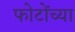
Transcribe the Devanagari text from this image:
फोटोंच्या